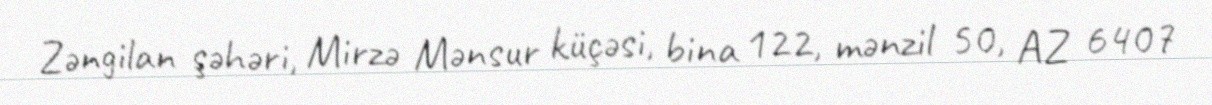
Zəngilan şəhəri, Mirzə Mənsur küçəsi, bina 122, mənzil 50, AZ 6407